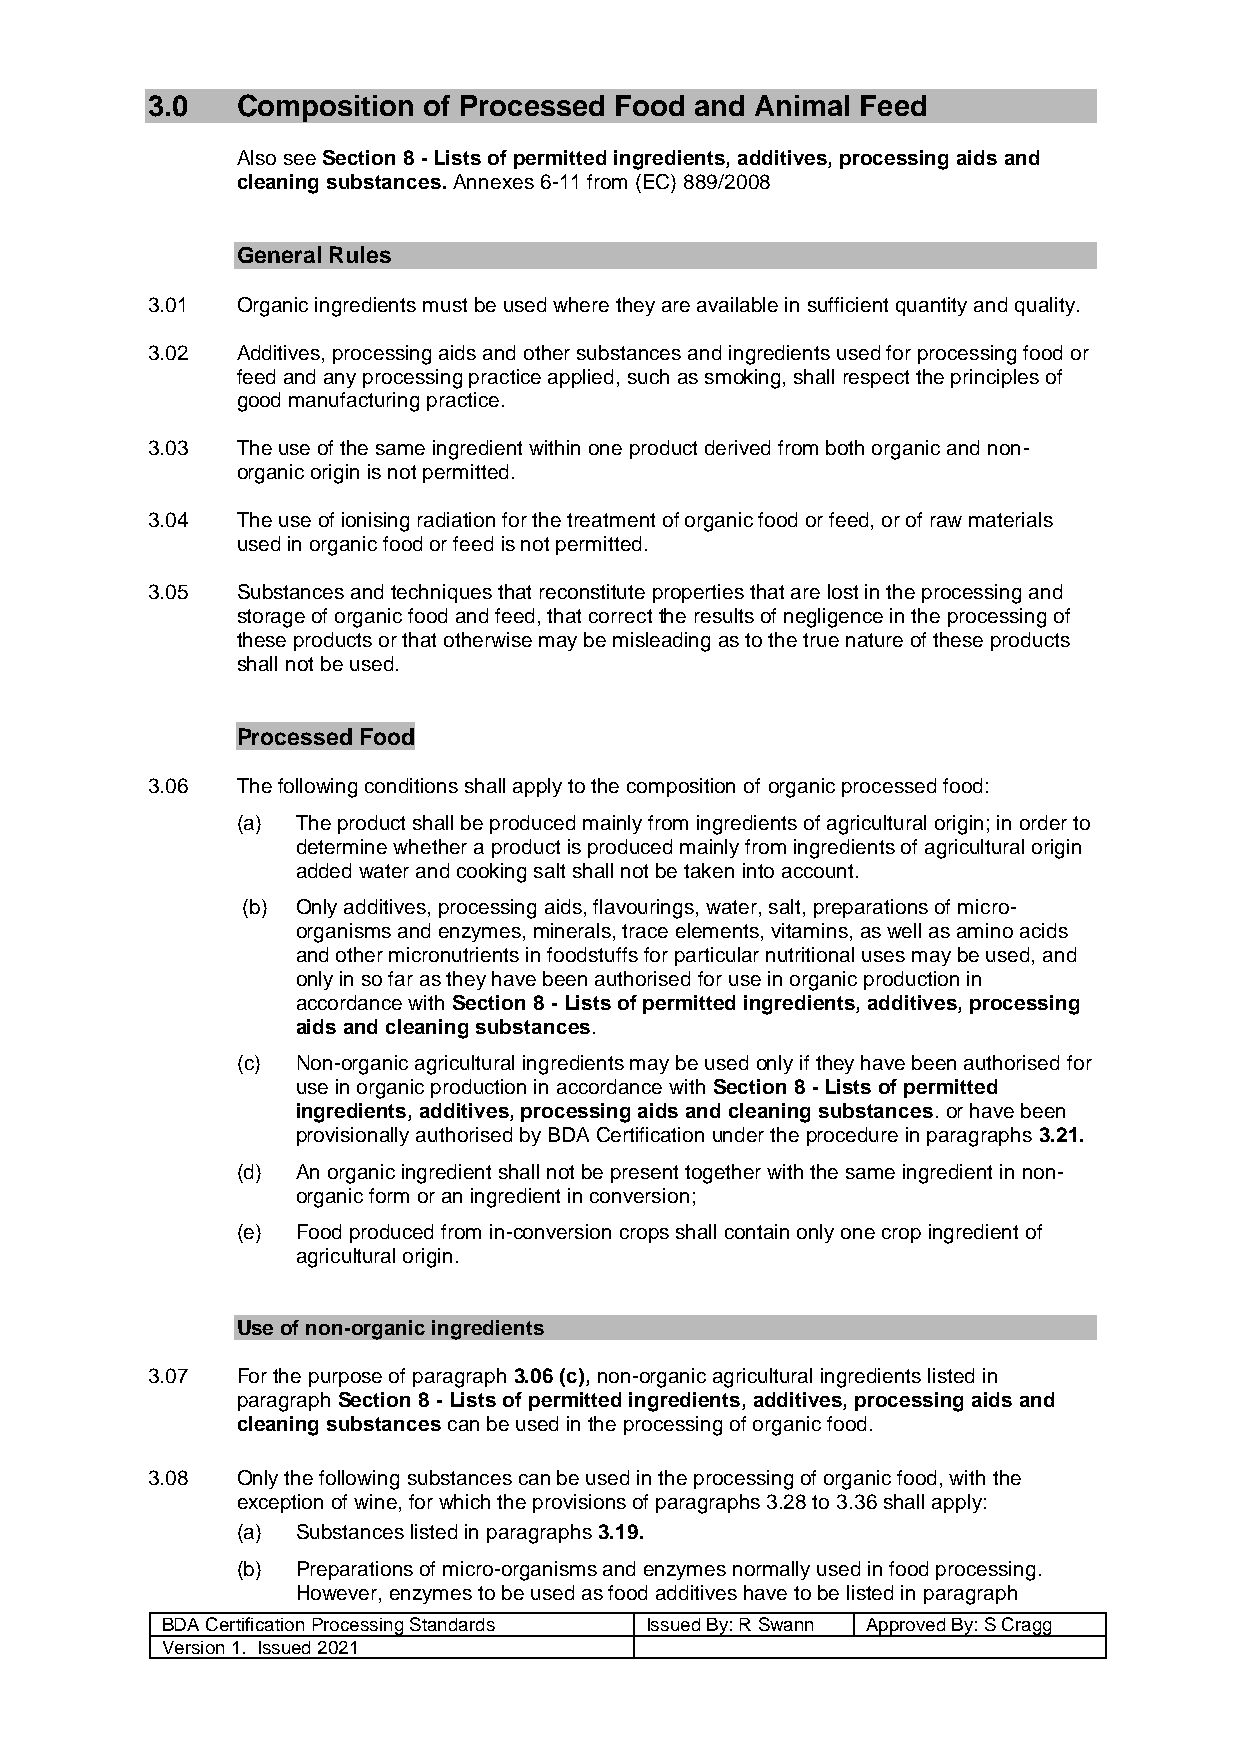
3.0   Composition of Processed Food and Animal Feed
 Also see Section 8 - Lists of permitted ingredients, additives, processing aids and
 cleaning substances. Annexes 6-11 from (EC) 889/2008
 General Rules
 3.01  Organic ingredients must be used where they are available in sufficient quantity and quality.
 3.02  Additives, processing aids and other substances and ingredients used for processing food or
 feed and any processing practice applied, such as smoking, shall respect the principles of
 good manufacturing practice.
 3.03  The use of the same ingredient within one product derived from both organic and non-
 organic origin is not permitted.
 3.04  The use of ionising radiation for the treatment of organic food or feed, or of raw materials
 used in organic food or feed is not permitted.
 3.05  Substances and techniques that reconstitute properties that are lost in the processing and
 storage of organic food and feed, that correct the results of negligence in the processing of
 these products or that otherwise may be misleading as to the true nature of these products
 shall not be used.
 Processed Food
 3.06  The following conditions shall apply to the composition of organic processed food:
 (a) The product shall be produced mainly from ingredients of agricultural origin; in order to
 determine whether a product is produced mainly from ingredients of agricultural origin
 added water and cooking salt shall not be taken into account.
 (b) Only additives, processing aids, flavourings, water, salt, preparations of micro-
 organisms and enzymes, minerals, trace elements, vitamins, as well as amino acids
 and other micronutrients in foodstuffs for particular nutritional uses may be used, and
 only in so far as they have been authorised for use in organic production in
 accordance with Section 8 - Lists of permitted ingredients, additives, processing
 aids and cleaning substances.
 (c) Non-organic agricultural ingredients may be used only if they have been authorised for
 use in organic production in accordance with Section 8 - Lists of permitted
 ingredients, additives, processing aids and cleaning substances. or have been
 provisionally authorised by BDA Certification under the procedure in paragraphs 3.21.
 (d) An organic ingredient shall not be present together with the same ingredient in non-
 organic form or an ingredient in conversion;
 (e) Food produced from in-conversion crops shall contain only one crop ingredient of
 agricultural origin.
 Use of non-organic ingredients
 3.07  For the purpose of paragraph 3.06 (c), non-organic agricultural ingredients listed in
 paragraph Section 8 - Lists of permitted ingredients, additives, processing aids and
 cleaning substances can be used in the processing of organic food.
 3.08  Only the following substances can be used in the processing of organic food, with the
 exception of wine, for which the provisions of paragraphs 3.28 to 3.36 shall apply:
 (a) Substances listed in paragraphs 3.19.
 (b) Preparations of micro-organisms and enzymes normally used in food processing.
 However, enzymes to be used as food additives have to be listed in paragraph
 BDA Certification Processing Standards Issued By: R Swann Approved By: S Cragg
 Version 1. Issued 2021